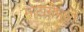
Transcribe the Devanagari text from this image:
मोटारीमध्ये